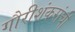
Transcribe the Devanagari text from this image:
गौरीशंकरांची